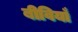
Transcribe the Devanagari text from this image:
बीवियाँ